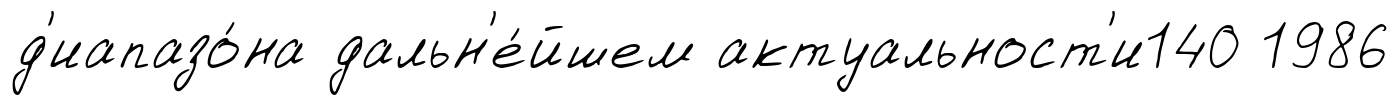
д'иапазо́на дальн'е́йшем актуальност'и140 1986